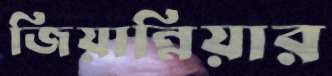
জিয়ান্নিয়ার